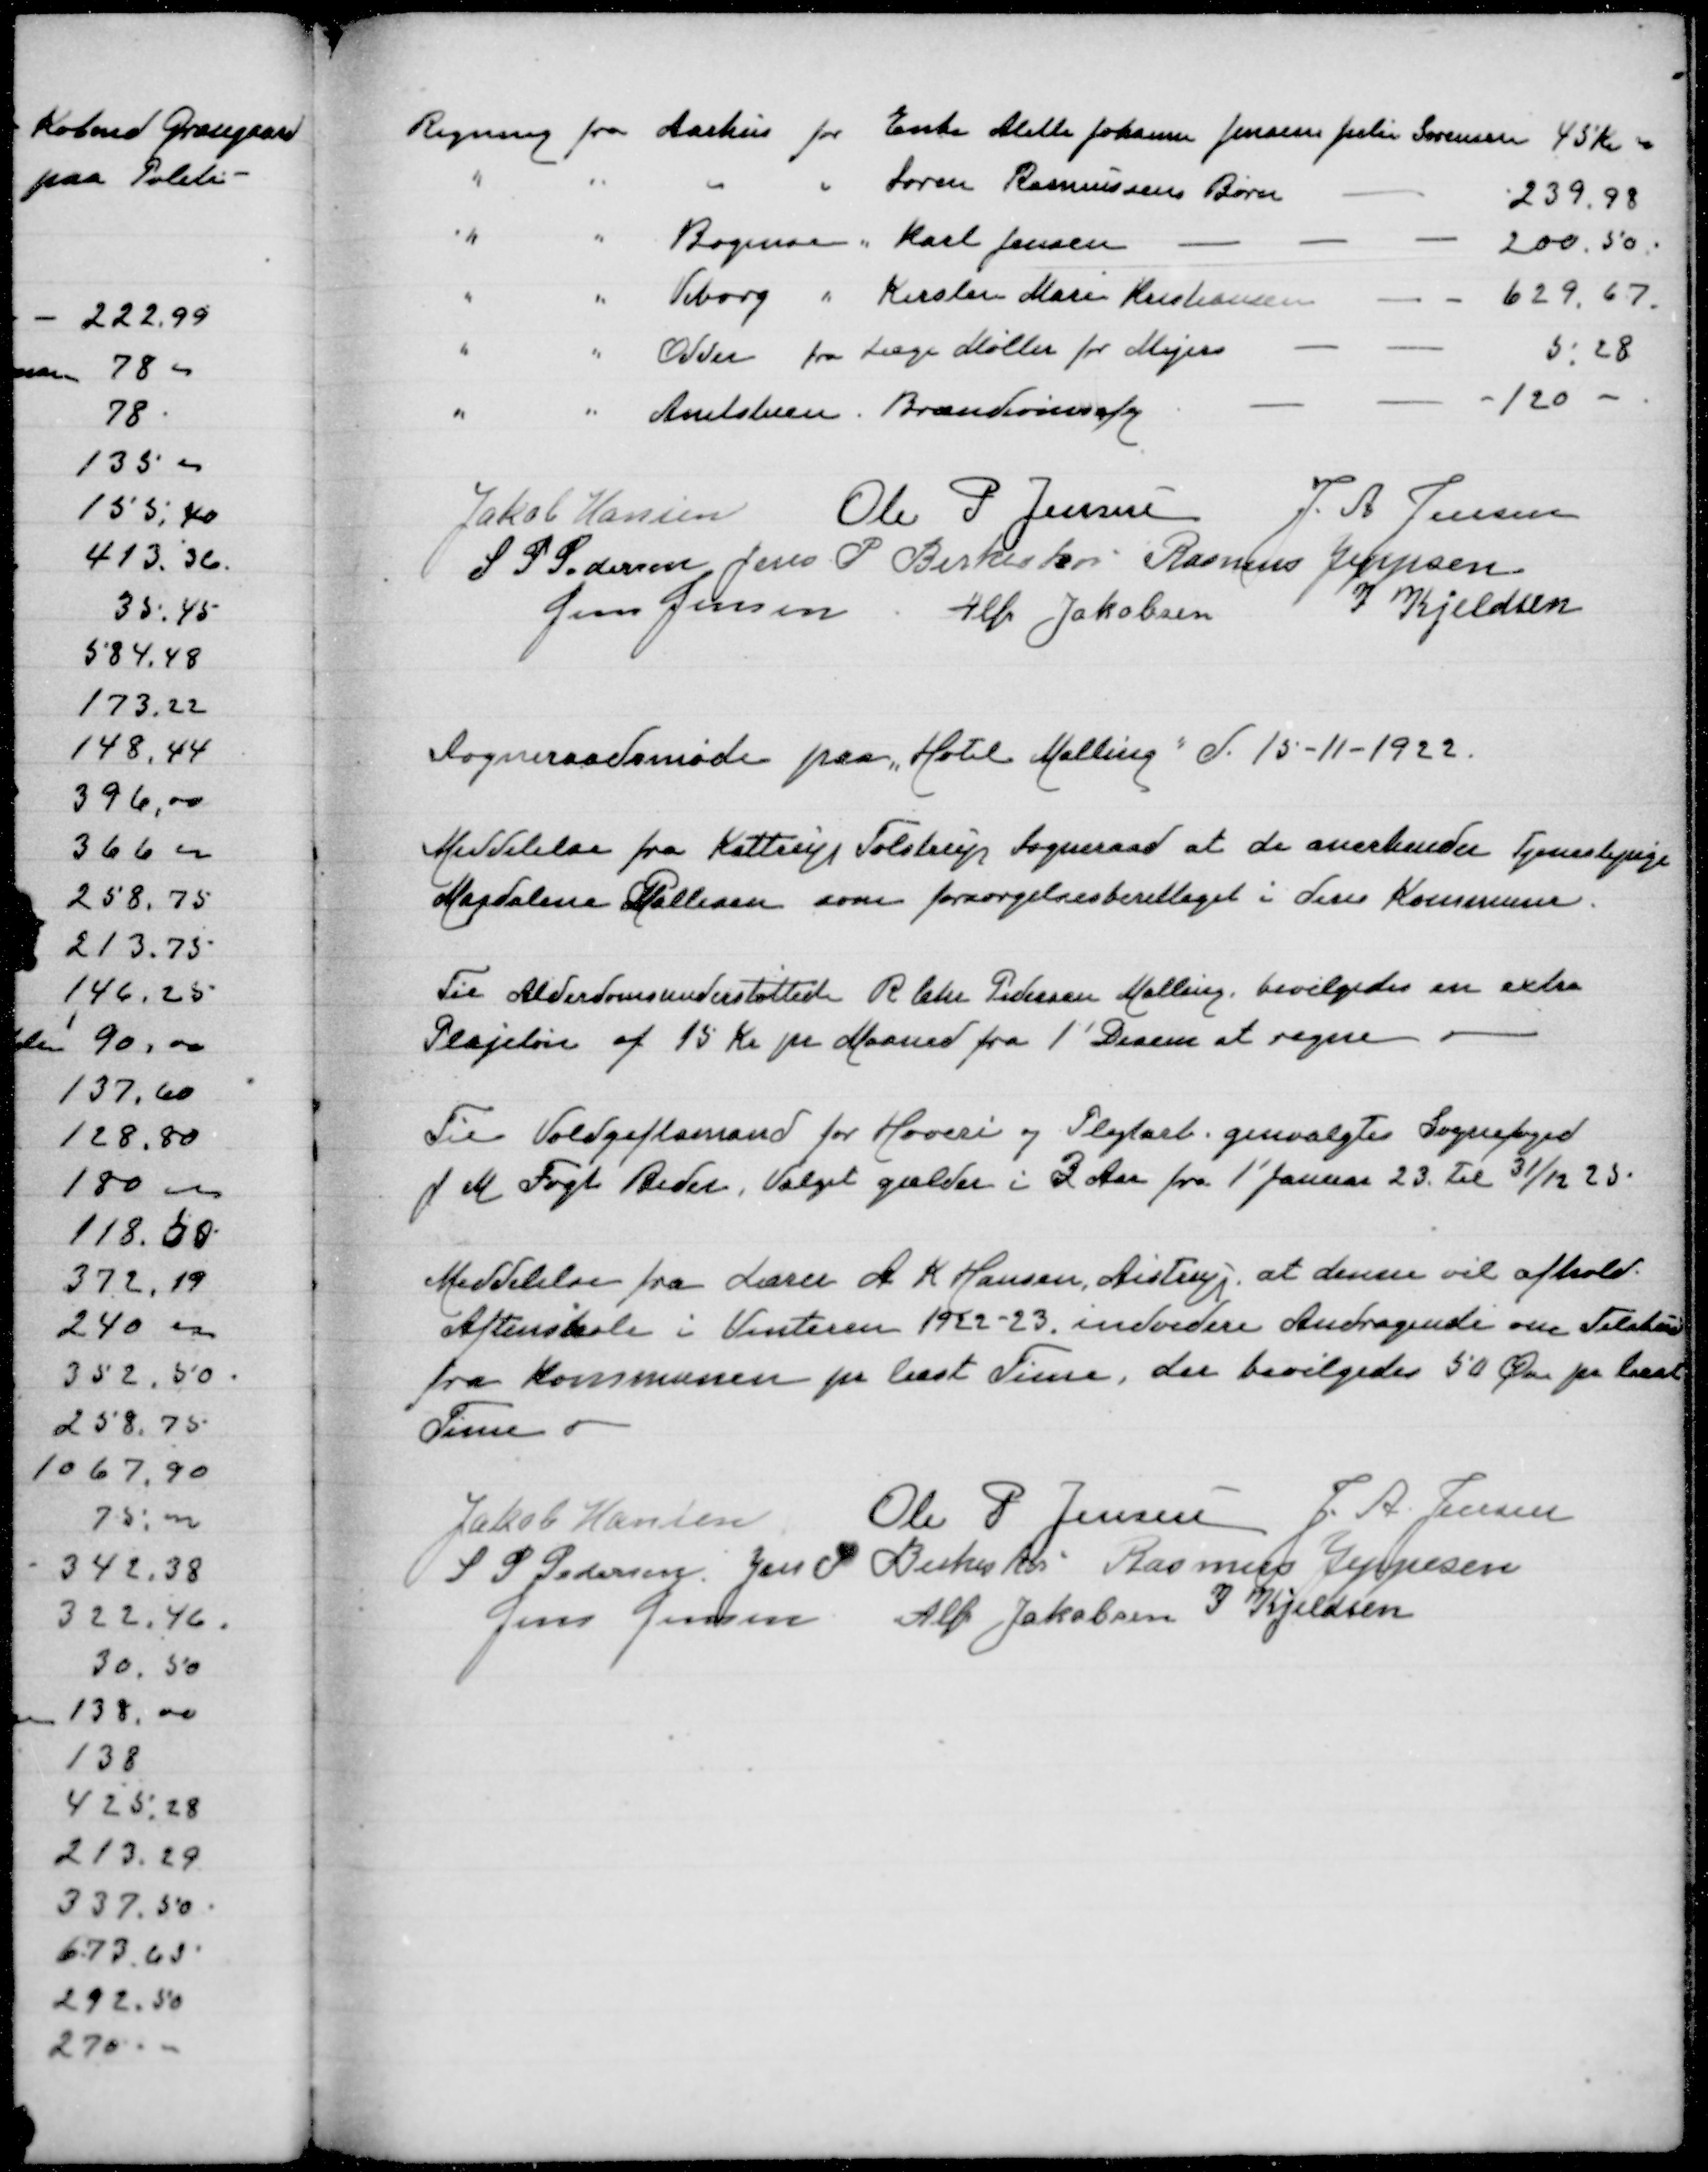
Transskription:
Regning fra Aarhus for Enke Alette Johanne Jensine Julie Sørensen 45 Kr
" " " " Søren Rasmussens Børn 239,98
" " Bogense " Karl Jensen - - - 200,50
" " Viborg " Kirsten Marie Kristensen - - 629,67
" " Odder fra Læge Møller for Mejer - - 5,28
" " Amtsstuen Brændevinsafg - - - 120

Jakob Hansen
Ole P Jensen
J A Jensen
S P Pedersen
Jens P Birkeskov
Rasmus Jeppesen
Jens Jensen
Alfr Jakobsen
J Kjeldsen

Sogneraadsmøde paa "Hotel Malling" d 15-11-1922

Meddelelse fra Kattrup Tolstrup Sogneraad at de anerkender Tjenestepige
Magdalene Pallesen som forsørgelsesberettiget i deres Kommune

Til Alderdomsunderstøttede R Chr Pedersen Malling bevilgedes en extra
Plejeløn af 15 Kr pr Maaned fra 1' December at regne

Til Voldgiftsmand for Hoveri og Pligtarb genvalgtes Sognefoged
J M Fogh Beder, Valget gælder i 3 Aar fra 1' Januar 23 til 31/12 25

Meddelelse fra Lærer A K Hensen, Aistrup at denne vil afholde
Aftenskole i Vinteren 1922-23, indvidere Andragende om Tilskud
fra Kommunen pr læst Time, der bevilgedes 50 Øre pr læst
Time

Jakob Hansen
Ole P Jensen
J A Jensen
 S P Pedersen
Jens P Birkeskov
Rasmus Jeppesen
Jens Jensen
Alfr Jakobsen
J Kjeldsen